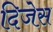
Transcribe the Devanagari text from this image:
दिजेस